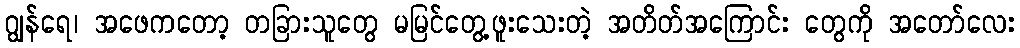
ဂျွန်ရေ၊ အဖေကတော့ တခြားသူတွေ မမြင်တွေ့ဖူးသေးတဲ့ အတိတ်အကြောင်း တွေကို အတော်လေး